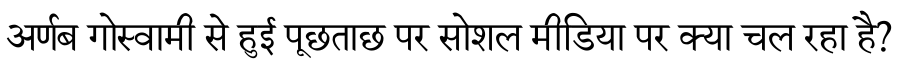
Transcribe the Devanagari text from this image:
अर्णब गोस्वामी से हुई पूछताछ पर सोशल मीडिया पर क्या चल रहा है?